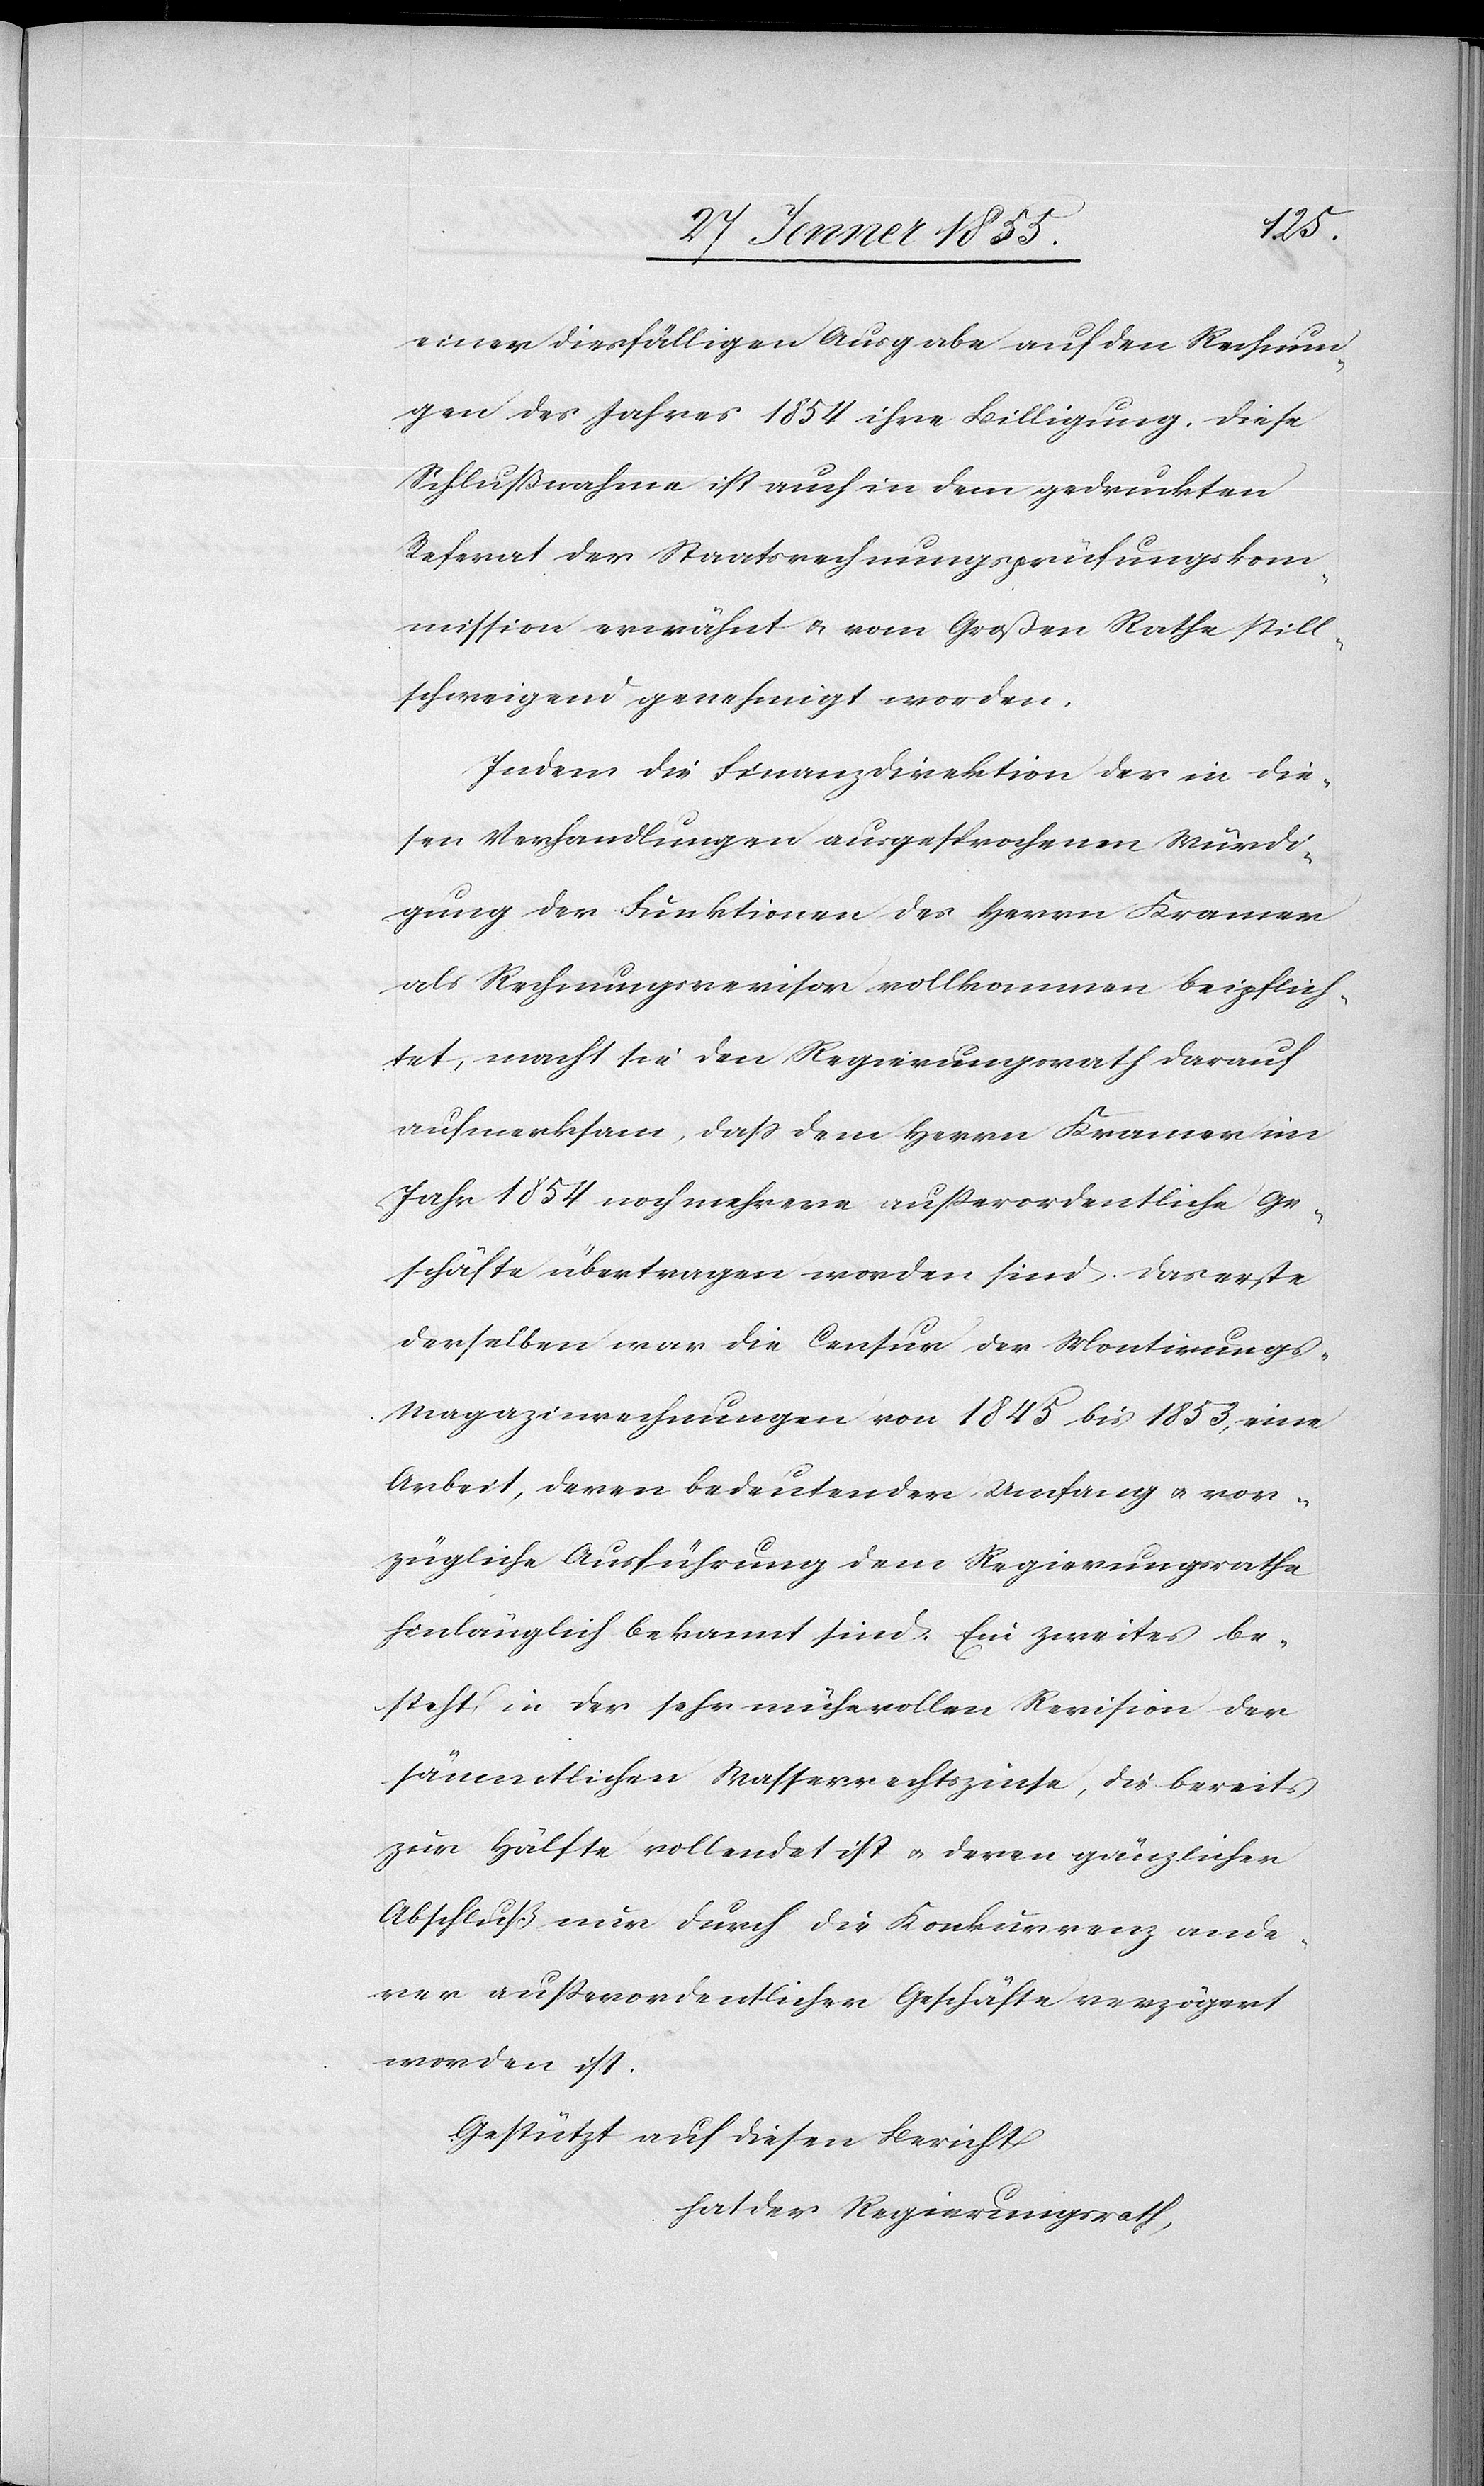
einer diesfälligen Ausgabe auf den Rechnun¬
gen des Jahres 1854 ihre Billigung. Diese
Schlußnahme ist auch in dem gedruckten
Referat der Staatsrechnungsprüfungskom¬
mission erwähnt & vom Großen Rathe still¬
schweigend genehmigt worden.
Indem die Finanzdirektion der in die¬
sen Verhandlungen ausgesprochenen Würdi¬
gung der Funktionen des Herrn Kramer
als Rechnungsrevisor vollkommen beipflich¬
tet, macht sie den Regierungsrath darauf
aufmerksam, dass dem Herrn Kramer im
Jahr 1854 noch mehrere außerordentliche Ge¬
schäfte übertragen worden sind. Das erste
derselben war die Censur der Montirungs-M¬
agazinrechnungen von 1845 bis 1853, eine
Arbeit, deren bedeutender Umfang & vor¬
zügliche Ausführung dem Regierungsrathe
hinlänglich bekannt sind. Ein zweites be¬
steht in der sehr mühevollen Revision der
sämmtlichen Wasserrechtszinse, die bereits
zur Hälfte vollendet ist & deren gänzlicher
Abschluß nur durch die Konkurrenz ande¬
rer ausserordentlicher Geschäfte verzögert
worden ist.
Gestützt auf diesen Bericht
hat der Regierungsrath,